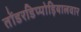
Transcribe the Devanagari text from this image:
तोंडरडिप्पोड़ियालवार